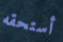
أستحقه